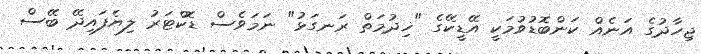
ޖިހާދުގެ އަނެއް ކަންބޮޑުވުމަކީ އޭޑީކޭގެ "ޚިދުމަތް ރަނގަޅު" ނަމަވެސް ޑޮކްޓަރު ލިޔެފައިދޭ ބޭސް